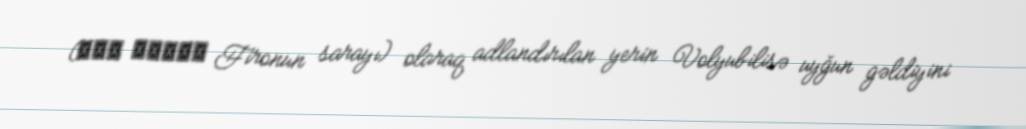
(قصر فرعون Fironun sarayı) olaraq adlandırılan yerin Volyubilisə uyğun gəldiyini